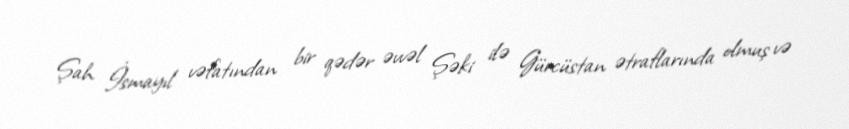
Şah İsmayıl vəfatından bir qədər əvvəl Şəki ilə Gürcüstan ətraflarında olmuş və